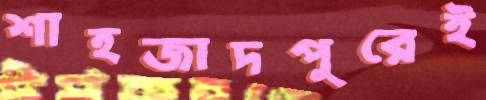
শাহজাদপুরেই